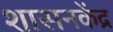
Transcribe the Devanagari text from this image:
शासनकेंद्र